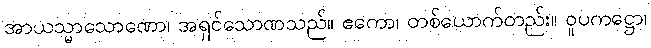
အာယသ္မာသောဏော၊ အရှင်သောဏသည်။ ဧကော၊ တစ်ယောက်တည်း။ ဝူပကဋ္ဌော၊